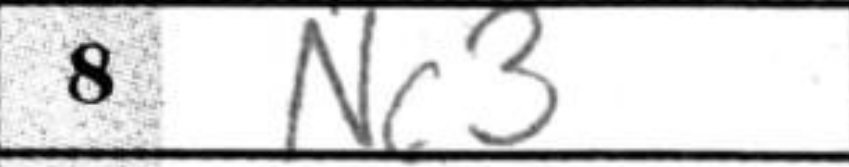
Transcription: Nc3